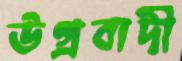
উগ্রবাদী